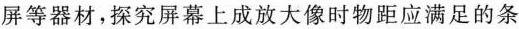
屏等器材，探究屏幕上成放大像时物距应满足的条